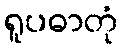
ရူပဓာတုံ